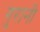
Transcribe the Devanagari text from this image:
गुरानी